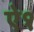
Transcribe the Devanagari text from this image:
ऐ१